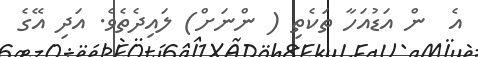
އެ  ން އަޑުއަހާ ތަކެތި ( ންނަށް) ލައިދެތެވެ. އަދި އޭގެ